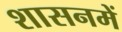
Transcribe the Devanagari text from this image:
शासनमें